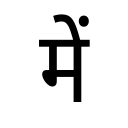
OCR:
में